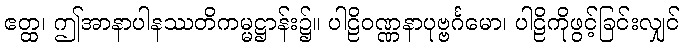
ဧတ္ထ၊ ဤအာနာပါနဿတိကမ္မဋ္ဌာန်း၌။ ပါဠိဝဏ္ဏနာပုဗ္ဗင်္ဂမော၊ ပါဠိကိုဖွင့်ခြင်းလျှင်